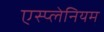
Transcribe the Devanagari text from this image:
एस्प्लेनियम